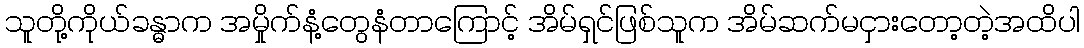
သူတို့ကိုယ်ခန္ဓာက အမှိုက်နံ့တွေနံတာကြောင့် အိမ်ရှင်ဖြစ်သူက အိမ်ဆက်မငှားတော့တဲ့အထိပါ